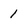
Character: 1